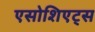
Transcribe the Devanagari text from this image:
एसोशिएट्स